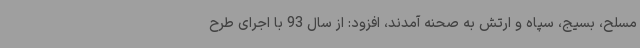
مسلح، بسیج، سپاه و ارتش به صحنه آمدند، افزود: از سال 93 با اجرای طرح